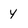
Character: y